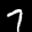
Label: 7